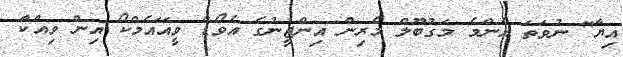
އިޔާ" ނުވަތަ އެންމެ މަގުބޫލް މެރިން އިންޖީނުގެ އެވޯޑް ވީއޭއެމްކޯ އިން ވިއްކާ